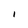
Character: I